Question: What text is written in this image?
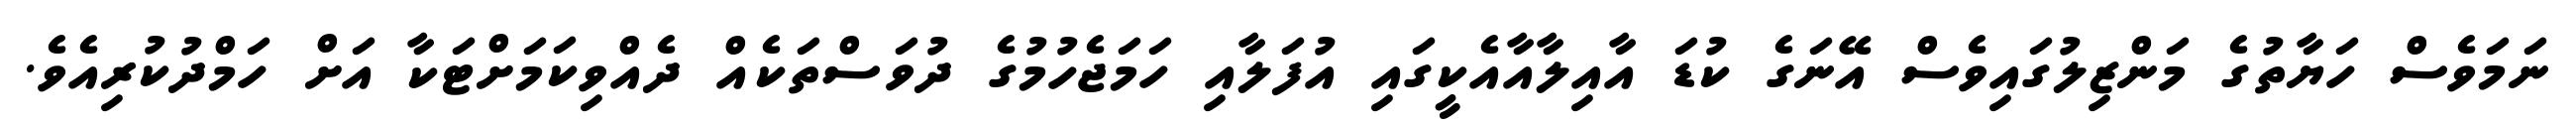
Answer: ނަމަވެސް ހަޔާތުގެ މަންޒިލުގައިވެސް އޭނަގެ ކުޑަ އާއިލާއާއެކީގައި އުފަލާއި ހަމަޖެހުމުގެ ދުވަސްތަކެއް ދެއްވިކަމަށްޓަކާ އަށް ހަމްދުކުރިއެވެ.